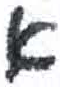
אות: א